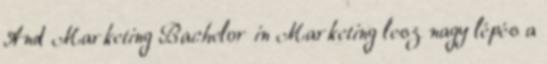
And Marketing Bachelor in Marketing lesz nagy lépés a